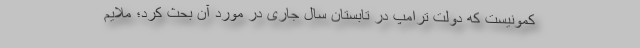
کمونیست که دولت ترامپ در تابستان سال جاری در مورد آن بحث کرد؛ ملایم